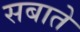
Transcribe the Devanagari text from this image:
सबाते